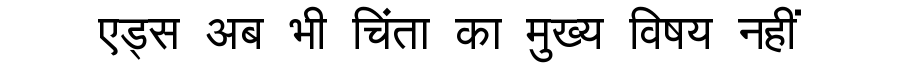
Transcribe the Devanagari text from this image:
एड्स अब भी चिंता का मुख्य विषय नहीं